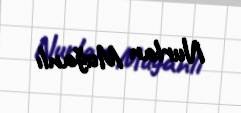
Nurlan Muğanlı